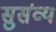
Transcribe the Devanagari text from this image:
सुसेव्य